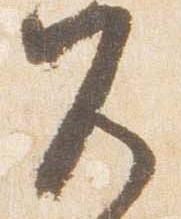
兀